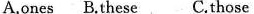
A.ones B.These C.Those